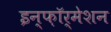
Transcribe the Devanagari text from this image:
इन्फ़ॉर्मेशन